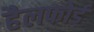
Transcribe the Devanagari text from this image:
हैलफोर्ड